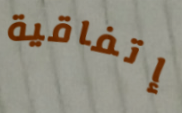
إتفاقية